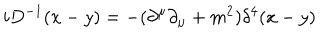
i D ^ { - 1 } ( x - y ) = - { ( \partial ^ { \mu } \partial _ { \mu } + m ^ { 2 } ) } { \delta ^ { 4 } ( x - y ) }